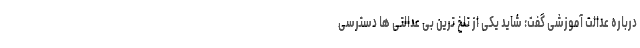
درباره عدالت آموزشی گفت: شاید یکی از تلخ ترین بی عدالتی ها دسترسی